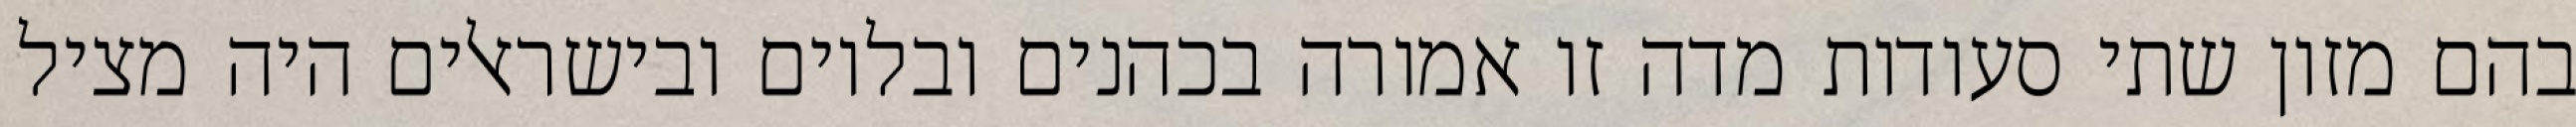
בהם מזון שתי סעודות מדה זו אמורה בכהנים ובלוים ובישראלים היה מציל